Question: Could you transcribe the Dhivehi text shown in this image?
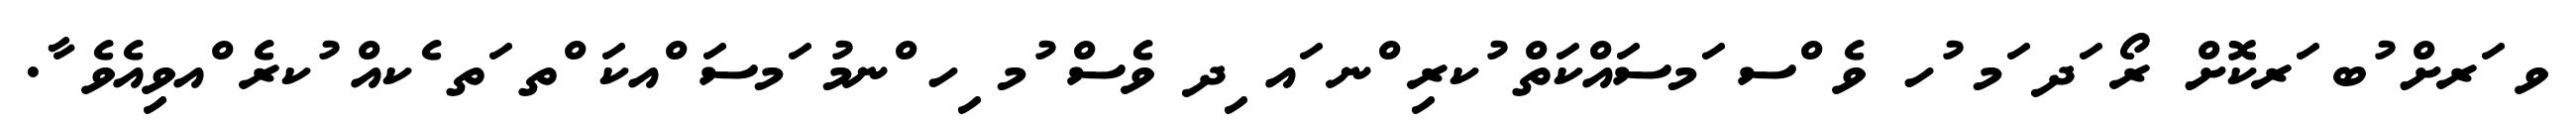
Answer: ވ ަރށް ުބ ަރކޮށް ރޯ ަދ ަމ ުހ ވެ ްސ ަމސައްކަތް ުކރި ްނ ައ ިދ ވެސް ުމ ިހ ްނމު ަމސަ ްއކަ ްތ ަތ ެކއް ުކރެ ްއވިއެވެ ާ.